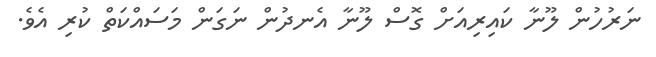
ނަރުހުން ލޫނާ ކައިރިއަށް ގޮސް ލޫނާ އެނދުން ނަގަން މަސައްކަތް ކުރި އެވެ.